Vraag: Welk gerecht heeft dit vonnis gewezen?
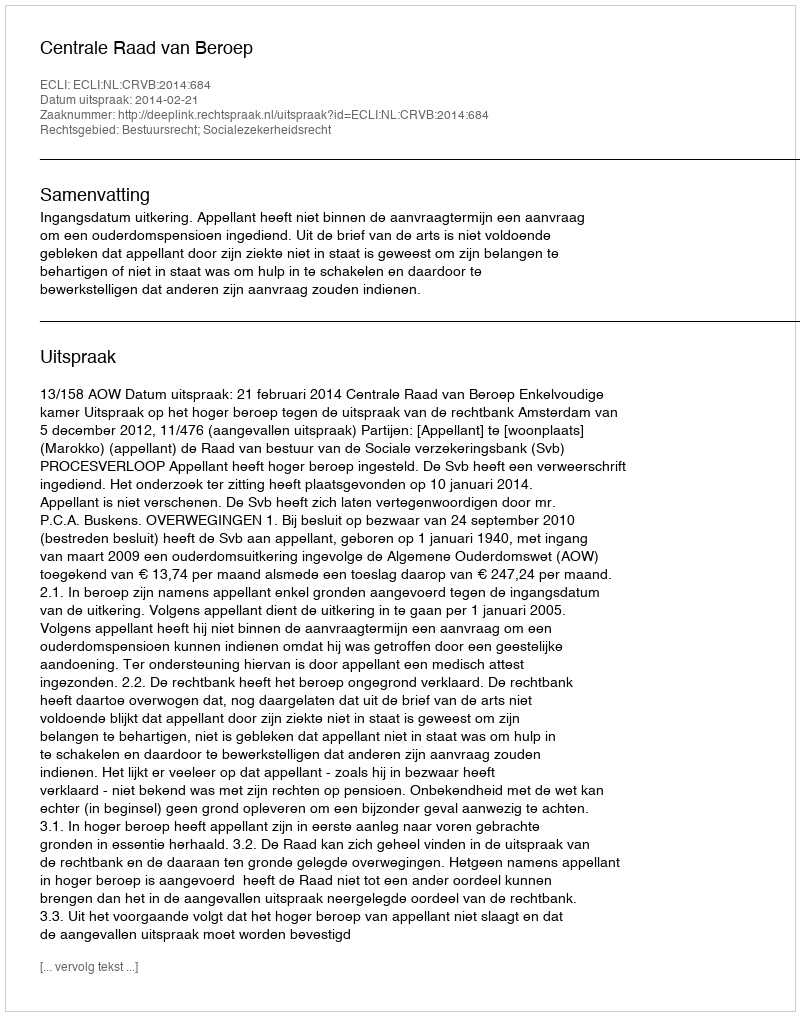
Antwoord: Centrale Raad van Beroep